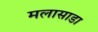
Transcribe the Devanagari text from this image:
मलासाडा